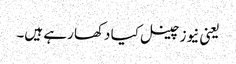
یعنی نیوز چینل کیا دکھا رہے ہیں۔